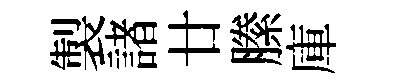
製諸廿縢庫